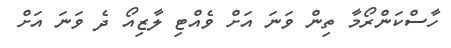
ހާސްކަންރޯމާ ތިން ވަނަ އަށް ވެއްޓި ލާޒިއޯ ދެ ވަނަ އަށް